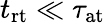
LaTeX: t_{\mathrm{rt}}\ll\tau_{\mathrm{at}}